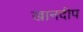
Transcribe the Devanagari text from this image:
खानदीप